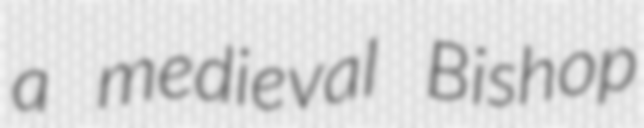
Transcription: a medieval Bishop